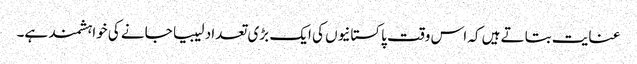
عنایت بتاتے ہیں کہ اس وقت پاکستانیوں کی ایک بڑی تعداد لیبیا جانے کی خواہشمند ہے۔